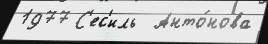
1977 С'ес'иль  Анто́нова